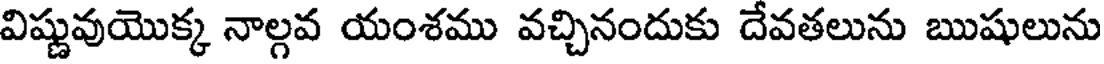
విష్ణువుయొక్క నాల్గవ యంశము వచ్చినందుకు దేవతలును ఋషులును